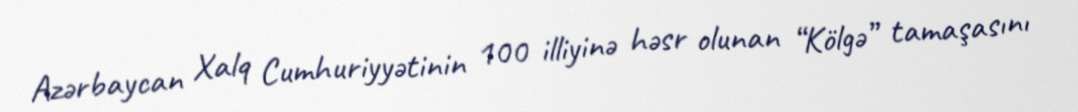
Azərbaycan Xalq Cumhuriyyətinin 100 illiyinə həsr olunan “Kölgə” tamaşasını